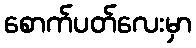
စောက်ပတ်လေးမှာ